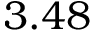
3 . 4 8